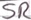
Text: SR